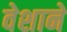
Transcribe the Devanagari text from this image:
वेशाने